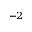
^ { - 2 }